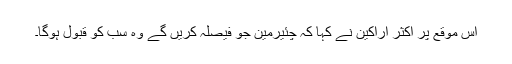
اس موقع پر اکثر اراکین نے کہا کہ چئیرمین جو فیصلہ کریں گے وہ سب کو قبول ہوگا۔